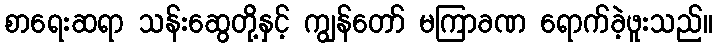
စာရေးဆရာ သန်းဆွေတို့နှင့် ကျွန်တော် မကြာခဏ ရောက်ခဲ့ဖူးသည်။